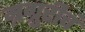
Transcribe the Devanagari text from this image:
म्रग्रुरीचं